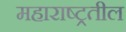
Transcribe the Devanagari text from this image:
महाराष्ट्रतील